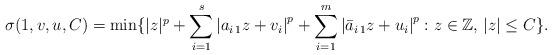
LaTeX: \begin{align*}\sigma(1,v,u,C) = \min \{ |z|^p + \sum_{i=1}^s \left| a_{i\,1} z + v_i \right|^p + \sum_{i=1}^m \left| \bar a_{i\,1} z + u_i \right|^p : z \in \mathbb{Z},\, |z| \leq C \}.\end{align*}